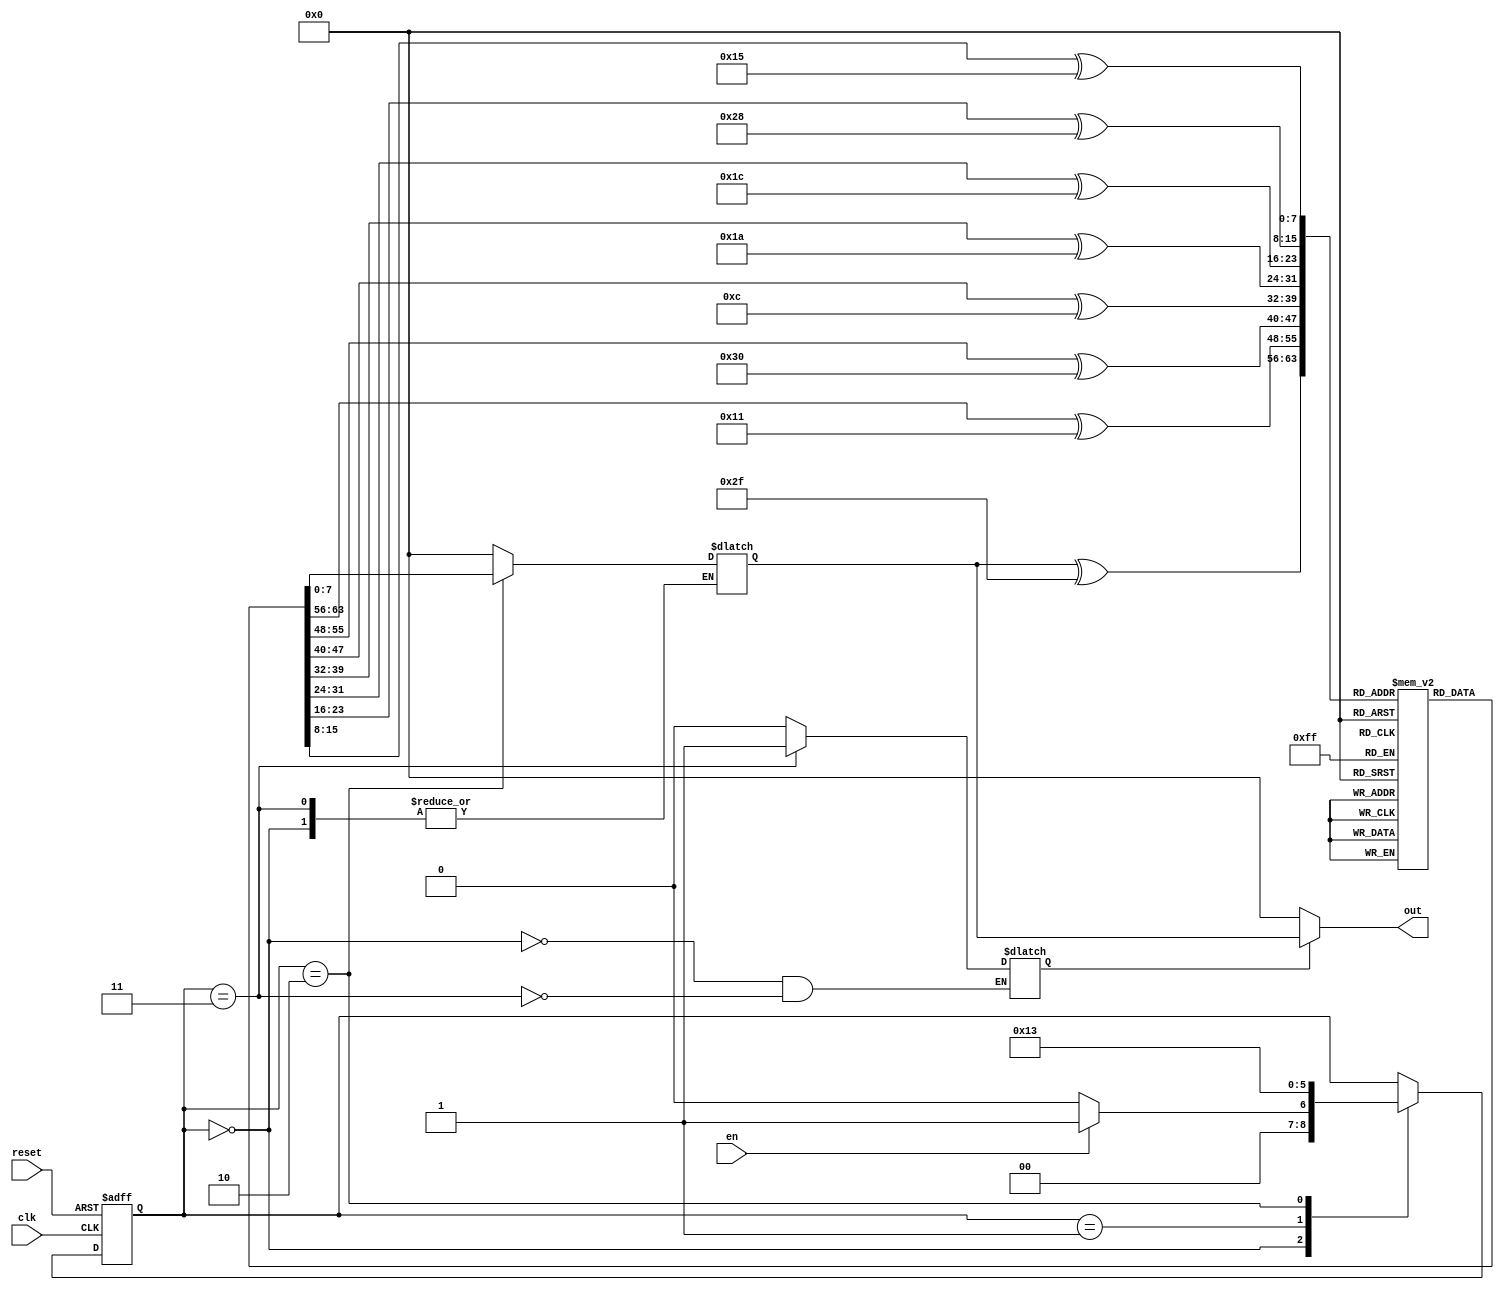
`timescale 1ns / 1ps



module Pearson_hash_v2(input clk,reset,en, output [7:0] out);

reg [7:0] S [255:0];
integer i,j;

reg comp;
localparam IDLE = 3'b000,
		   S1 = 3'b001,
		   S2 = 3'b010,
		   S3 = 3'b011;
		   
reg [7:0] hash;
reg [2:0] state,state_next;


//For assigning the Values for Msg Bits.
wire [7:0] msg [0:7];

assign msg[0] = 8'd47;
assign msg[1] = 8'd17;
assign msg[2] = 8'd48;
assign msg[3] = 8'd12;
assign msg[4] = 8'd26;
assign msg[5] = 8'd28;
assign msg[6] = 8'd40;
assign msg[7] = 8'd21;


always@(posedge clk or posedge reset)
begin
	if(reset)
	begin
		state <= IDLE;
	end
	
	else 
	begin
		state <= state_next;
	end 
end 

initial
begin
    for(i=8'd0;i<256;i=i+8'd1)
    begin
        S[i] <= i;
    end
end  



always@(state or en)
begin
	state_next = state;
	
	case(state)
		IDLE:
		begin
				if(en==8'd1)
				begin
					state_next = S1;
					comp=8'd0;
					j = 8'd0;
				end
				
				else
				begin
				   state_next = IDLE;	
				   comp= 8'dx;		
				end 			
		end
		
		// Initialisation
		S1:
		begin   
				   
				    j = 8'd0;
				    hash = 8'd0;
				    state_next = S2;
		end 
		
		//State for Pearson Algorith Calculation
		S2:
		begin
				for(j=0;j<8;j=j+1)
				begin
					hash = S[hash ^ msg[j]];
				end 
				state_next = S3;				
		end 
		
		//State for outout enable
		S3:
		begin
				comp = 8'd1;
		end 
		
		default:
		      hash = 8'd0;
	endcase 
end

assign out = (comp==8'd1) ? hash : 8'd0; 

endmodule